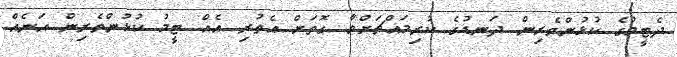
ދެޓީމުގެ ކުޅުންތެރިން ދަނޑުގެ ކުރިމައްޗަށްވާ ގޮތަށް އެތުރި އެއް ޓީމު ކުޅުންތެރިން އަނެއް